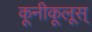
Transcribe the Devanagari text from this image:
कूनीकूलूस्